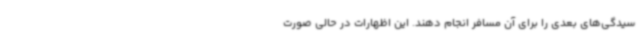
سیدگی‌های بعدی را برای آن مسافر انجام دهند. این اظهارات در حالی صورت